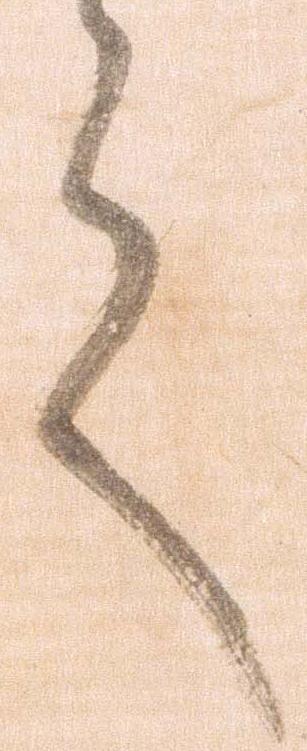
之